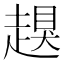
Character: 𧽀